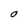
Character: O